Medical and sanitary report of the native army of Madras for the year
Year: 1878
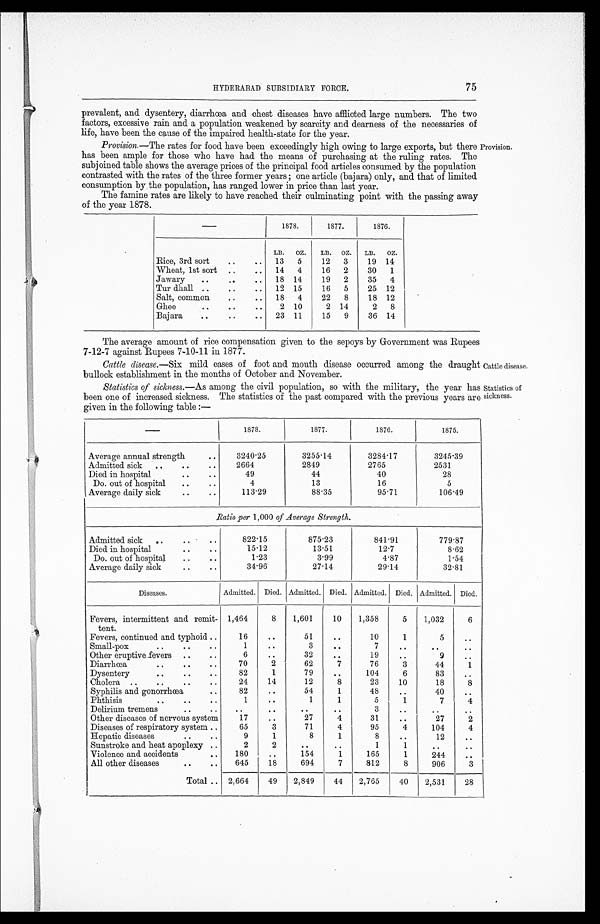
HYDERABAD SUBSIDIARY FORCE.
75
prevalent, and dysentery, diarrhœa and chest diseases have afflicted large numbers. The two
factors, excessive rain and a population weakened by scarcity and dearness of the necessaries
of
life, have been the cause of the impaired health-state for the Year.
Provision. —The rates for food have been exceedingly high owing to large exports, but there
has been ample for those who have had the means of purchasing at the ruling rates. The
subjoined table shows the average prices of the principal food articles consumed by the population
contrasted with the rates of the three former years ; one article (bajara) only, and that of limited
consumption by the population, has ranged lower in price than last year.
The famine rates are likely to have reached their culminating point with the passing away
of the year 1878.
Provision.
1878.
1877.
1876.
LB. OZ. LB. OZ. LB.
O Z .
Rice, 3rd sort
. .
. .
13 5
12 3
19 14
Wheat, 1st sort
. .
. .
14 4
16 2
30 1
Jawary
..
. .
. .
18 14
19 2
35 4
Tur dhall ..
. .
. .
12 15
16 5
25 12
Salt, common
. .
. .
18 4
22 8
18 12
Ghee
. .
. .
. .
2 10
2 14
2 8
Bajara
..
. .
. .
23 11
15 9
36 14
The average amount of rice compensation given to the sepoys by Government was Rupees
7-12-7 against Rupees 7-10-11 in 1877.
Cattle disease. —Six mild cases of foot and mouth disease occurred among the draught
bullock establishment in the months of October and November.
Statistics of sickness. —As among the civil population, so with the military, the year has
been one of increased sickness. The statistics of the past compared with the previous years are
given in the following table :—
1878.
1877.
1876.
1875.
Average annual strength
. .
3240.25
3255.14
3284.17
3245.39
Admitted sick ..
..
..
2664
2849
2765
2531
Died in hospital
..
49
44
40
28
Do. out of hospital
.
..
4
13
16
5
Average daily sick
..
..
113.29
88.35
95.71
1 0 6 . 4 9
Ratio per 1,000 of Average Strength.
Admitted sick ..
. .
..
8 2 2 . 1 5 875.23
8 4 1 . 9 1 779.87
Died in hospital
..
..
15.12
13.51
1 2 . 7 8.62
Do. out of hospital
..
. .
1.23
3.99
4.87
1.54
Average daily sick
..
..
34.96
27.14
29.14
32.81
Diseases.
Admitted. Died. Admitted. Died. Admitted. Died. Admitted. Died.
Fevers, intermittent and remit
-
tent.
1,464
8
1,601
10
1,358
5
1,032
6
Fevers, continued and typhoid ..
16
..
51
..
10
1
5
..
Small-pox
..
. .
. .
1
..
3
..
7
..
..
. .
Other eruptive fevers ..
. .
6
. .
32
. .
19
..
9
. .
Diarrhœa
..
..
. .
70
2
62
7
76
3
44
1
Dysentery
..
. .
. .
82
1
79
. .
104
6
83
. .
Cholera ...
..
..
. .
24
14
12
8
23
10
18
8
Syphilis and gonorrhœa
. .
82
..
54
1
48
..
40
. .
Phthisis
. .
. .
. .
1
..
1
1
5
1
7
4
Delirium tremens
. .
. .
. .
. .
. .
..
3
. .
..
. .
Other diseases of nervous system
17
..
27
4
31
..
27
2
Diseases of respiratory system ..
65
3
71
4
95
4
104
4
Hepatic diseases
..
..
9
1
8
1
8
..
12
. .
Sunstroke and heat apoplexy ..
2
. .
. .
..
1
1
..
. .
Violence and accidents
..
180
..
154
1
165
1
244
..
All other diseases
. .
. .
645
18
694
7
812
8
906
3
Total .. 2,664
49
2,849
44 2,765
40
2,531
28
Cattle disease.
Statistics of
sickness.